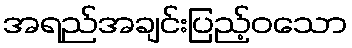
အရည်အချင်းပြည့်ဝသော